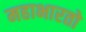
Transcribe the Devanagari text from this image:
महाभारतो